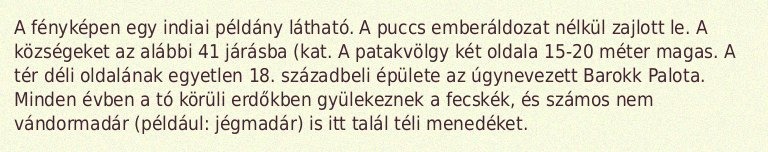
A fényképen egy indiai példány látható. A puccs emberáldozat nélkül zajlott le. A községeket az alábbi 41 járásba (kat. A patakvölgy két oldala 15-20 méter magas. A tér déli oldalának egyetlen 18. századbeli épülete az úgynevezett Barokk Palota. Minden évben a tó körüli erdőkben gyülekeznek a fecskék, és számos nem vándormadár (például: jégmadár) is itt talál téli menedéket.